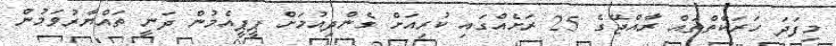
މިފަދަ ހަރަކާތްތައް ރާއްޖޭގެ 25 ރަށެއްގައި ކުރިއަށް ގެންދިއުމަށް ޕީޕީއެމުން ދަނީ ތައްޔާރުވަމުން